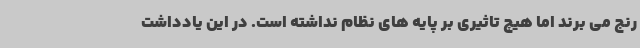
رنج می برند اما هیچ تاثیری بر پایه های نظام نداشته است. در این یادداشت